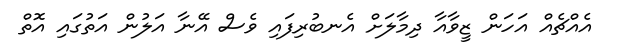
އެއްޗެއް އަހަން ޒީވާއާ ދިމާލަށް އެނބުރިފައި ވެސް އޭނާ އަލުން އަތުގައި އޮތް